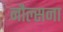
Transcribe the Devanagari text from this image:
नौल्सना